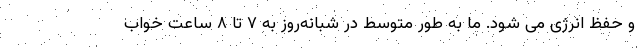
و حفظ انرژی می شود. ما به طور متوسط در شبانه‌روز به ۷ تا ۸ ساعت خواب